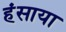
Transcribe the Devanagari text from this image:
हंसाया